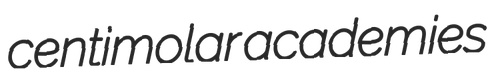
centimolar academies